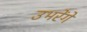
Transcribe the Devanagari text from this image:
उभरेंगे